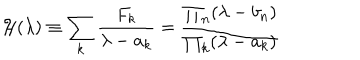
{ \cal H } ( \lambda ) \equiv \sum _ { k } { \frac { F _ { k } } { \lambda - a _ { k } } } = { \frac { \prod _ { n } ( \lambda - b _ { n } ) } { \prod _ { k } ( \lambda - a _ { k } ) } }